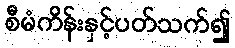
စီမံကိန်းနှင့်ပတ်သက်၍